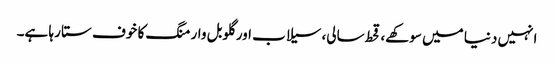
انہیں دنیا میں سوکھے، قحط سالی، سیلاب اور گلوبل وارمنگ کا خوف ستا رہا ہے۔